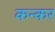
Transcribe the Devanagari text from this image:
कन्कर